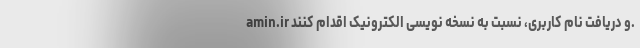
amin.ir و دریافت نام کاربری، نسبت به نسخه نویسی الکترونیک اقدام کنند.